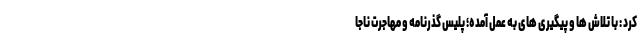
کرد : با تلاش ها و پیگیری های به عمل آمده؛ پلیس گذرنامه و مهاجرت ناجا